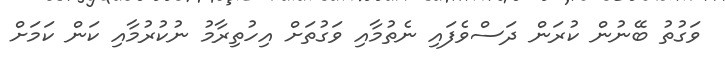
ވަގުތު ބޭނުން ކުރަން ދަސްވެފައި ނެތުމާއި ވަގުތަށް އިހުތިރާމު ނުކުރުމާއި ކަން ކަމަށް